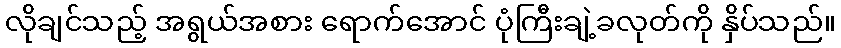
လိုချင်သည့် အရွယ်အစား ရောက်အောင် ပုံကြီးချဲ့ခလုတ်ကို နှိပ်သည်။